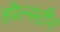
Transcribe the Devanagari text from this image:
होल्स्टीन